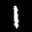
Label: 1